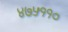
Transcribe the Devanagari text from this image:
४७५११०